Vabadussoja_Ajaloo_Komitee, lk 9
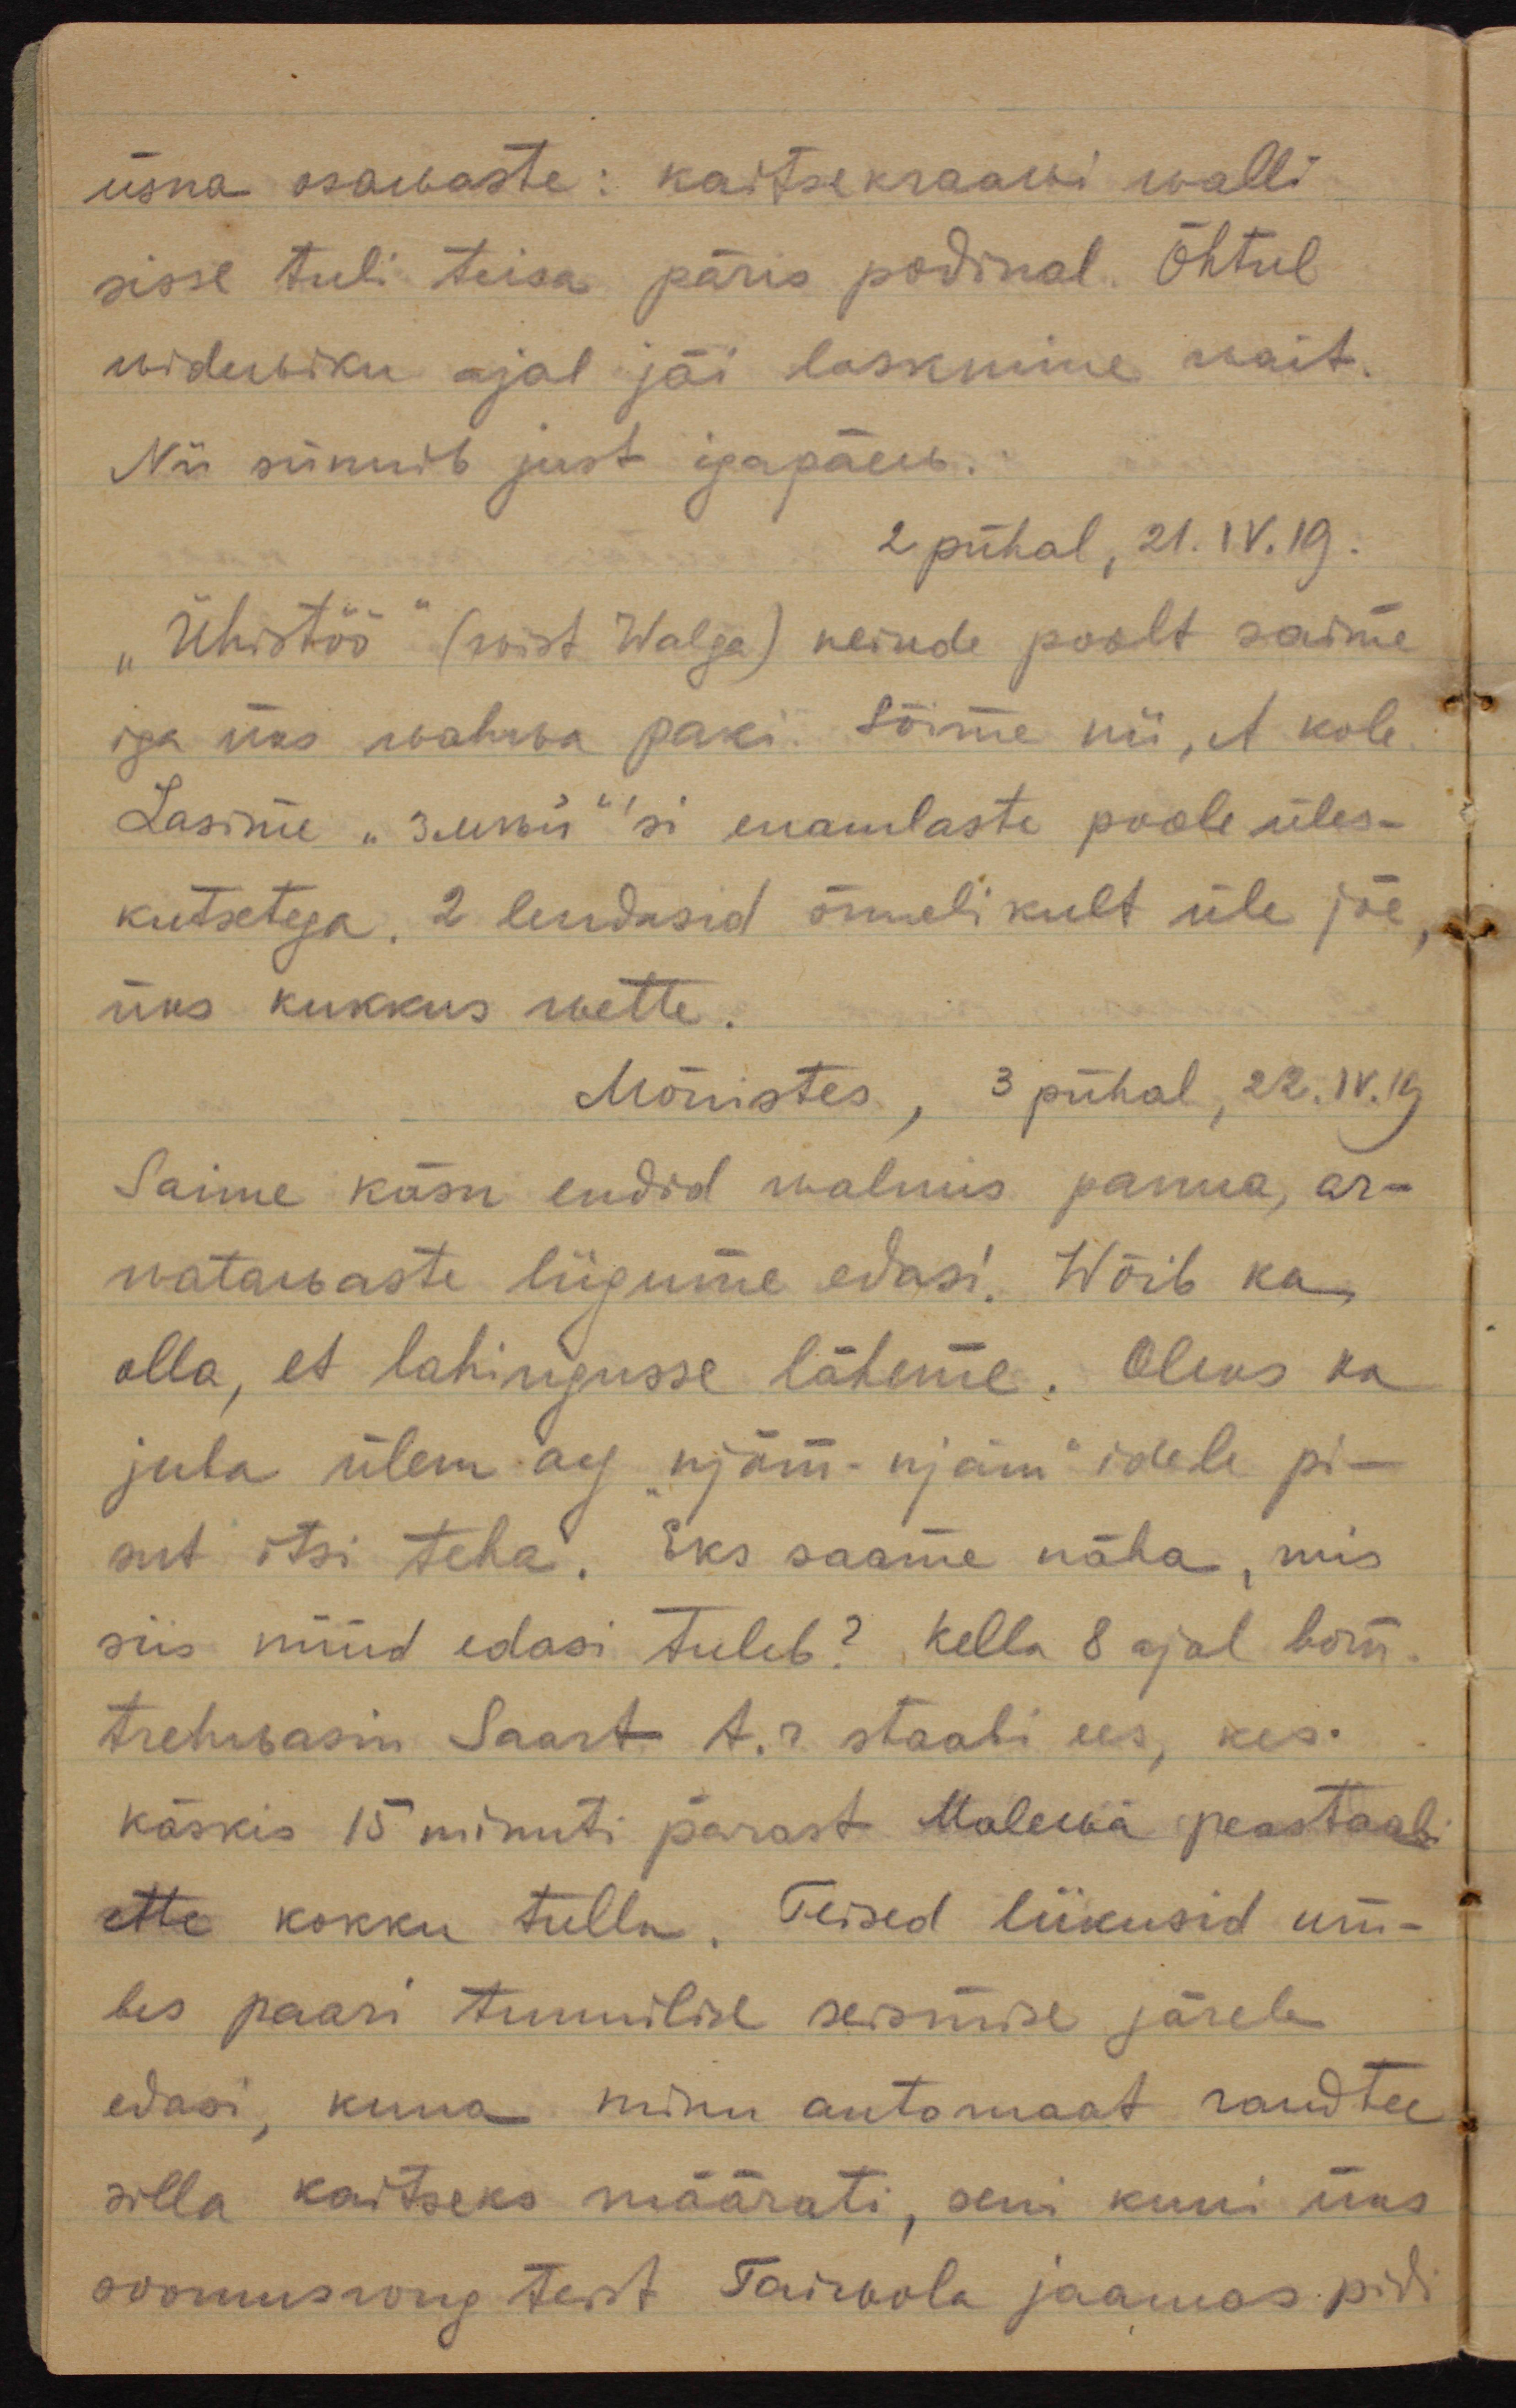
üsna osawaste: kaitsekraawi walli
sisse tuli teisa päris podinal. Õhtul
widewiku ajal jäi laskmine wait.
Nii sünnib just iga päew.
2 pühal, 21.IV.19.
"Ühistöö" (wist Walga) neiude poolt saime
iga üks wahva paki. Sõime nii, et kole.
Lasime "змей"´si enamlaste poole üles-
kutsetega. 2 lendasid õnnelikult üle jõe,
üks kukkus wette.
Mõnistes, 3 pühal, 22.IV.19
Saime käsu endid walmis panna, ar-
watawaste liigume edasi! Wõib ka
olla, et lahingusse läheme. Oleks ka 
juba ülem aeg "njäm - njäm"idele pi-
sut otsi teha. Eks saame näha, mis
siis nüüd edasi tuleb? Kella 8 ajal hom.
trehwasin Saart t.r staabi ees, kes
käskis 15 minuti pärast Malewa pestaabi
ette kokku tulla. Teised liikusid um-
bes paari tunnilise seismise järel
edasi, kuna minu automaat raudtee
silla kaitseks määrati, seni kuni üks
soomusrongitest Taiwola jaamas pidi